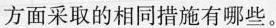
方面采取的相同措施有哪些。